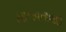
માનવતાવાદી